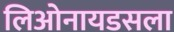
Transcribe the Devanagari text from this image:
लिओनायडसला